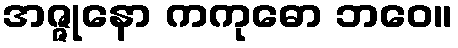
အဇ္ဇုနော ကကုဓော ဘဝေ။